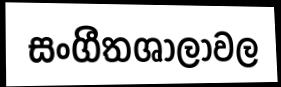
සංගීතශාලාවල